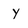
Character: Y